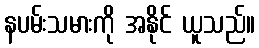
နပမ်းသမားကို အနိုင် ယူသည်။